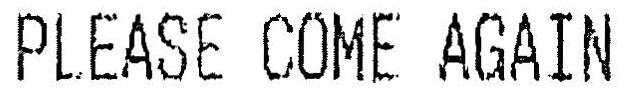
PLEASE COME AGAIN